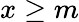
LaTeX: x\geq m